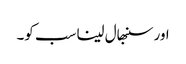
اور سنبھال لینا سب کو۔